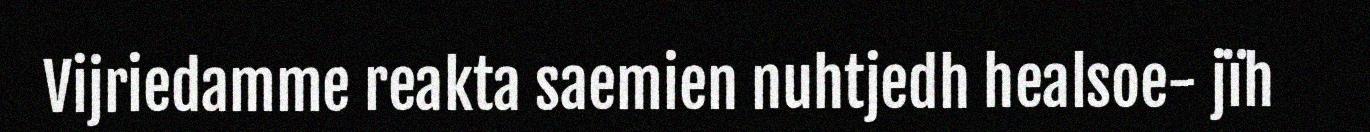
Vijriedamme reakta saemien nuhtjedh healsoe- jïh